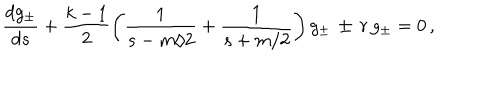
\frac { d g _ { \pm } } { d s } + \frac { k - 1 } { 2 } \left( \frac { 1 } { s - m / 2 } + \frac { 1 } { s + m / 2 } \right) g _ { \pm } \, \pm \, r \, g _ { \pm } = 0 \, ,